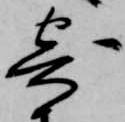
寄